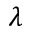
\lambda